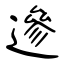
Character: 遪